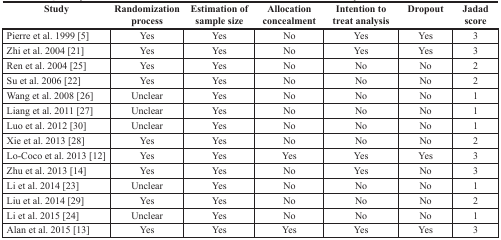
| Study | Randomization process | Estimation of sample size | Allocation concealment | Intention to treat analysis | Dropout | Jadad score |
 | --- | --- | --- | --- | --- | --- | --- |
 | Pierre et al. 1999 [5] | Yes | Yes | No | Yes | Yes | 3 |
 | Zhi et al. 2004 [21] | Yes | Yes | No | Yes | Yes | 3 |
 | Ren et al. 2004 [25] | Yes | Yes | No | No | No | 2 |
 | Su et al. 2006 [22] | Yes | Yes | No | No | No | 2 |
 | Wang et al. 2008 [26] | Unclear | Yes | No | No | No | 1 |
 | Liang et al. 2011 [27] | Unclear | Yes | No | No | No | 1 |
 | Luo et al. 2012 [30] | Unclear | Yes | No | No | No | 1 |
 | Xie et al. 2013 [28] | Yes | Yes | No | No | No | 2 |
 | Lo-Coco et al. 2013 [12] | Yes | Yes | Yes | Yes | Yes | 3 |
 | Zhu et al. 2013 [14] | Yes | Yes | No | Yes | No | 3 |
 | Li et al. 2014 [23] | Unclear | Yes | No | No | No | 1 |
 | Liu et al. 2014 [29] | Yes | Yes | No | No | No | 2 |
 | Li et al. 2015 [24] | Unclear | Yes | No | No | No | 1 |
 | Alan et al. 2015 [13] | Yes | Yes | Yes | Yes | Yes | 3 |